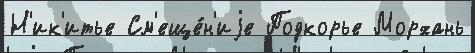
Н'ик'итье См'еще́н'иjе Подкорье Морхань